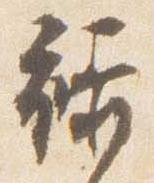
禄